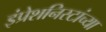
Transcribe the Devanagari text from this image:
इंप्रेशनिस्टांच्या